Vital statistics of India. Vol. IV, Annual returns from 1871 to 1876. British Army of India, Native Army and jails of Bengal
Year: 1871
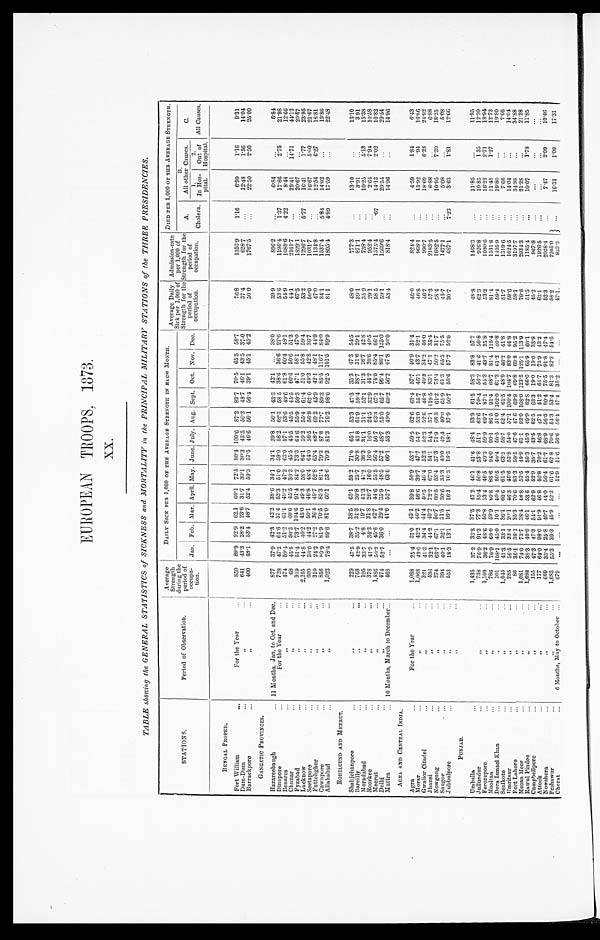
EUROPEAN TROOPS. 1873.
XX.
TABLE showing the GENERAL STATISTICS of SICKNESS and MORTALITY in the PRINCIPAL MILITARY STATIONS of the THREE PRESIDENCIES.
STATIONS.
Period of Observation.
Average
Strength
during the
period of
o c c u p a - t i o n .
DAILY SICK PER 1,000 OF THE AVERAGE STRENGTH IN EACH MONTH .
Average Daily
Sick per 1,000 of
Strength for the
period of
occupation.
Admission-rate
per 1,000 of
Strength for the
period of
occupation.
DIED PER 1,000 OF THE AVERAGE STRENGTH.
A .
Cholera.
B.
All other Causes.
C.
All Causes.
Jan. Feb. Mar. April. May. June. July. Aug. Sept. Oct. Nov. Dec.
1.
In Hos-
pital.
2 .
Out of
Hospital.
BENGAL PROPER.
Fort William . . .
For the Year . . .
859 89.9 92.9 62.1 60.1 72.5 80.4 100.6 87.2 83.7 70.5 65.5 58.7
76.8
1353.9
1.16
6.99
1.16
9.31
641 43.3 28.2 23.6 31.7 30.1 30.3 43.5 50.2 48.7 46.1 43.5 37.0
37.4
628.7
. . .
12.48
1.56
14.04
Dum-Dum . . .
" . . .
400 48.1 53.4 48.7 52.4 59.3 57.5 46.6 56.1 56.4 39.1 45.1 45.2
50.0
1767.5
. . .
22.50
2.50
25.00
" . . .
Barrackpore . . .
GANGETIC PROVINCES.
Hazareebaugh . . .
11 Months, Jan. to Oct. and Dec.
877 37.9 42.3 42.2 38.6 34.1 34.1 39.8 50.1 43.3 42.1
. . .
38.0
39.9
896.2
. . .
6.84
. . .
6.84
728 47.2 64.6 57.4 53.3 51.0 59.0 58.2 62.3 58.5 38.6 36.6 27.6
53.6
1196.4
1.37
17.86
2.75
21.98
For the Year . . .
Dinapore . . .
474 59.4 51.2 61.1 49.2 47.2 63.0 57.1 53.6 49.6 61.8 60.4 48.1
54.9
1088.6
4 . 2 2
8.44
. . .
12.66
Benarcs. . .
" .
. .
68 45.5 30.3 60.6 45.5 30.3 45.5 45.5 45.5 45.5 60.6 50.6 51.3
44.1
2161.7
. . .
29.41
14.71
44.12
Chunar . . .
" . .
.
919 51.4 73.7 104.6 91.4 84.2 73.3 64.6 55.9 59.3 47.1 58.1 47.0
67.5
1829.1
. . .
20.67
. . .
20.67
Fyzabad . . .
" . . .
2,255 44.8 40.2 45.0 49.3 58.0 64.1 59.2 55.4 61.4 51.0 55.8 59.4
53.2
1296.7
5.77
16.41
1.77
23.95
Lucknow . . .
" . . .
600 36.0 44.2 50.1 46.8 48.4 64.0 56.5 56.8 62.0 49.3 42.8 36.7
50.0
1031.7
. . .
16.67
5.00
21.67
Seetapore . . .
" . . .
319 24.2 27.2 36.4 49.7 52.8 65.4 68.7 69.2 45.9 42.1 48.1 44.9
47.0
1134.8
. . .
12.54
6.27
18.81
Futtehghur. . .
"
. . .
8 5 6
8 9 . 9 81.9 70.5 85.3 81.4 79.3 87.8 77.7 89.3 85.5 116.7 84.0
84.1
1537.4
5.84
14.02
. . .
19.86
Cawnpore . . .
" . . .
1,023
78.4 89.6 81.0 60.1 53.6 70.3 81.3 76.2 98.0 92.5 101.5 89.9
81.1
1805.4
4.89
17.59
. . .
22.48
Allahabad . . .
ROHILCUND AND MEERUT.
Shahjehanpore . . .
" . . .
229 47.5 38.7 38.5 65.1 59.2 71.0 65.1 53.3 47.3 35.3 47.3 54.5
48.0
777.3
. . .
13.10
. . .
13.10
...
768 42.9 35.2 31.3 30.8 25.7 30.8 43.8 61.9 59.4 38.7 31.6 29.1
39.1
871.1
. . .
3.91
. . .
3.91
Bareilly . . .
" . . . 1 9 5 33.7
4.8 19.7 51.3 41.2 36.3 31.1 31.1 52.1 31.3 26.7 42.8
35.9
738.4
. . .
10.25
5.13
15.38
Moradabad . . .
" . . .
378 41.9 34.3 31.8 26.7 16.0 16.0 16.0 24.5 32.9 44.2 20.6 40.5
29.1
952.4
. . .
2.64
7.94
10.58
Roorkee . . .
" . . . 1 , 4 8 6 50.2 45.6 42.7 44.6 55.5 56.4 56.7 63.8 67.1 74.0 85.4 66.1
58.5
1575.4
.67
14.13
2.02
16.82
Meerut. . .
" . . .
474 52.7 36.0 29.4 35.9 48.5 57.2 48.7 55.0 65.7 96.4 86.1 125.0
59.1 1569.6
. . .
29.54
. . .
29.54
Delhi . . .
10 Months, March to December. . .
468
. . .
. . . 41.6 52.7 63.6 66.1 53.3 49.0 60.2 56.2 47.8 50.0
53.4
818.4
. . .
14.96
. . .
14.96
Muttra . . .
AGRA AND CENTRAL INDIA.
Agra . . .
F o r t h e Y e a r . . .
1,088 25.4 31.0 43.1 39.8 50.9 53.7 59.5 62.6 63.4 57.7 40.9 31.4
46.0
824.4
. . .
4.59
1.84
6.43
16.86
15.92
" . .
.
1,068 49.0 42.2 46.2 46.6 39.7 47.7 54.7 53.0 55.7 46.1 43.7 32.1
46.8
968.1
. . .
.94
Morar . . .
24.92
18.69
Gwalior Citadel
" . . .
321
41.3 34.4 44.4 40.5 46.4 52.3 52.3 52.6 46.8 49.3 34.2 46.0 46.7
990.7
. . .
6.23
2183.5
6.88
6.88
J hans i. . .
" . . . 4 3 6 32.1 44.2 49.2 72.2 67.0 54.1 54.4 57.1 119.5 83.1 47.1 35.4
57.3
. . .
7.30
18.25
Nowgong. . .
" . . .
2 7 4 63.7 67.1 50.7 60.5 53.4 57.3 71.9 68.3 61.2 73.4 50.2 31.7
58.4
1682.5
. . .
10.95
" . . .
394 40.1 32'1 31.5 30.6 35.3 40.0 42.4 40.0 65.9 61.3 85.5 75.5
45.7
1477.1
. . .
5.08
. . .
5.08
Saugor . . .
" . . .
553
18.3 13.1 16.1 16.3 16.3 16.3 18.1 37.9 50.7 56.6 57.7 52.0
30.7
687.1
7.23
3.62
1.81
12.66
Jubbulpore . . .
PUNJAB.
Umballa . . .
1,435
37.2 33.8 37.5 47.2 46.1 41.6 48.4 53.9 61.5 58.3 83.8 57.7
48.8
1468.3
. . .
11.85
. . .
11.85
135
12.20
10.85
Jullundur . . .
" . . .
738 76.9 91.3 77.3 55.4 50.8 53.8 51.1 63.6 70.4 56.2 41.6 56.8
62.3
926.8
. . .
2 . 7 1
18.94
16.23
Ferozepore . . .
" . . .
1,109
36.2 48.6 50.8 53.4 46.5 49.2 59.9 69.7 87.1 55.3 43.7 35.8
53.2
1030.6
. . .
1.27
12.72
11.45
Mooltan. . .
" . . .
786 70.9 66.0 59.9 80.8
8 8 . 6 94.0 90.1 86.5 91.4 68.7 81.4 115.4
81.4
1531.8
. . .
. . .
19.80
19.80
.Dera Ismael Khan . . .
" . . .
101 108.1 45.0 10.1 40.4 50.5 40.4 50.5 51.0 102..0 61.2 61.2 40.8
59.4
1405.9
. . .
. . .
7.66
7.66
Sealkote . . .
" . . .
1,045 41.3 33.1 36.1 60.6 61.5 63.3 58.7 62.4 61.5 48.9 46.2 41.8
51.7
1319.6
. . .
14.04
. . .
14.04
Umritsur . . .
"
. . . 285
56.5 33.4 20.1 46.3 46.6 53.8 54..0 57.1 100.4 104.7 83.0 44.8
59.6
1624.5
. . .
. . .
34.88
34.88
Fort Lahore . . .
" . . .
86
36.1 36.1 35.3 70.6 83.3 59.5 47.6 47.6 69.8 69.8 69.8 95.2
58.1
3197.7
. . .
. . .
21.28
21.28
Meean Meer . . .
" . . .
1,081 74.0 73.7 38.4 48.8 53.5 49.9 61.1 92.0 108.0 123.5 125.1 113.9
79.6
2934.3
. . .
10.07
1.78
11.85
Rawul Pindee . . .
. . .
1,688 38.3 40.0 46.1 53 6 45.4 50.3 45.9 49.9 62.8 66.0 65.9 60.1
51.5
1185.4
. . .
Campbellpore . . .
" . . .
155 47.3 47.3 54.1 62.9 42.9 30.7 43.5 62.5 63.3 19.0 19.0 33.8
45.2
967.8
. . .
. . .
. . .
. . .
Attock . . .
" . . .
177 64.0 98.0 94.9 46.8 46.8 70.2 46.8 47.1 41.2 64.7 75.9 43.2
62.1
1926.5
. . .
. . .
. . .
. . .
2.99
10.46
7.47
Nowshera . . .
" . . .
669 33.4 25.8 40.7 44.0 56.4 61.7 68.9 56.6 60.4 75.5 91.8 47.4
52.3
2028.4
. . .
Peshawur . . .
" . . .
1,683 55.3 39.3 45.9 52.3 61.6 62.8 70.6 54.3 53.4 81.3 82.3 54.5
58.2
2205.0 . . .
16.31
1.00
17.31
Cherat . . .
6 Months, May to October . . .
679
. . .
. . . . . . . . . 42.9 44.6 56.6 56.4 47.4 35.2
. . .
. . .
47.1
823.3